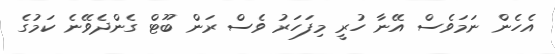
އެހެން ނަމަވެސް އޭނާ ހުރީ މިފަހަރު ވެސް ރަން ބޫޓް ގެންދެވޭނެ ކަމުގެ